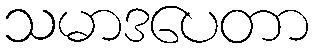
သမာဒပေတာ